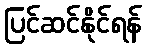
ပြင်ဆင်နိုင်ရန်